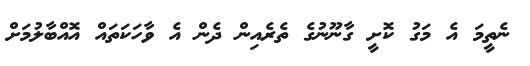
ނެތީމަ އެ މަގު ކޮށީ ގާނޫނުގެ ތެރެއިން ދެން އެ ވާހަކަތައް އޮއްބާލުމަށް